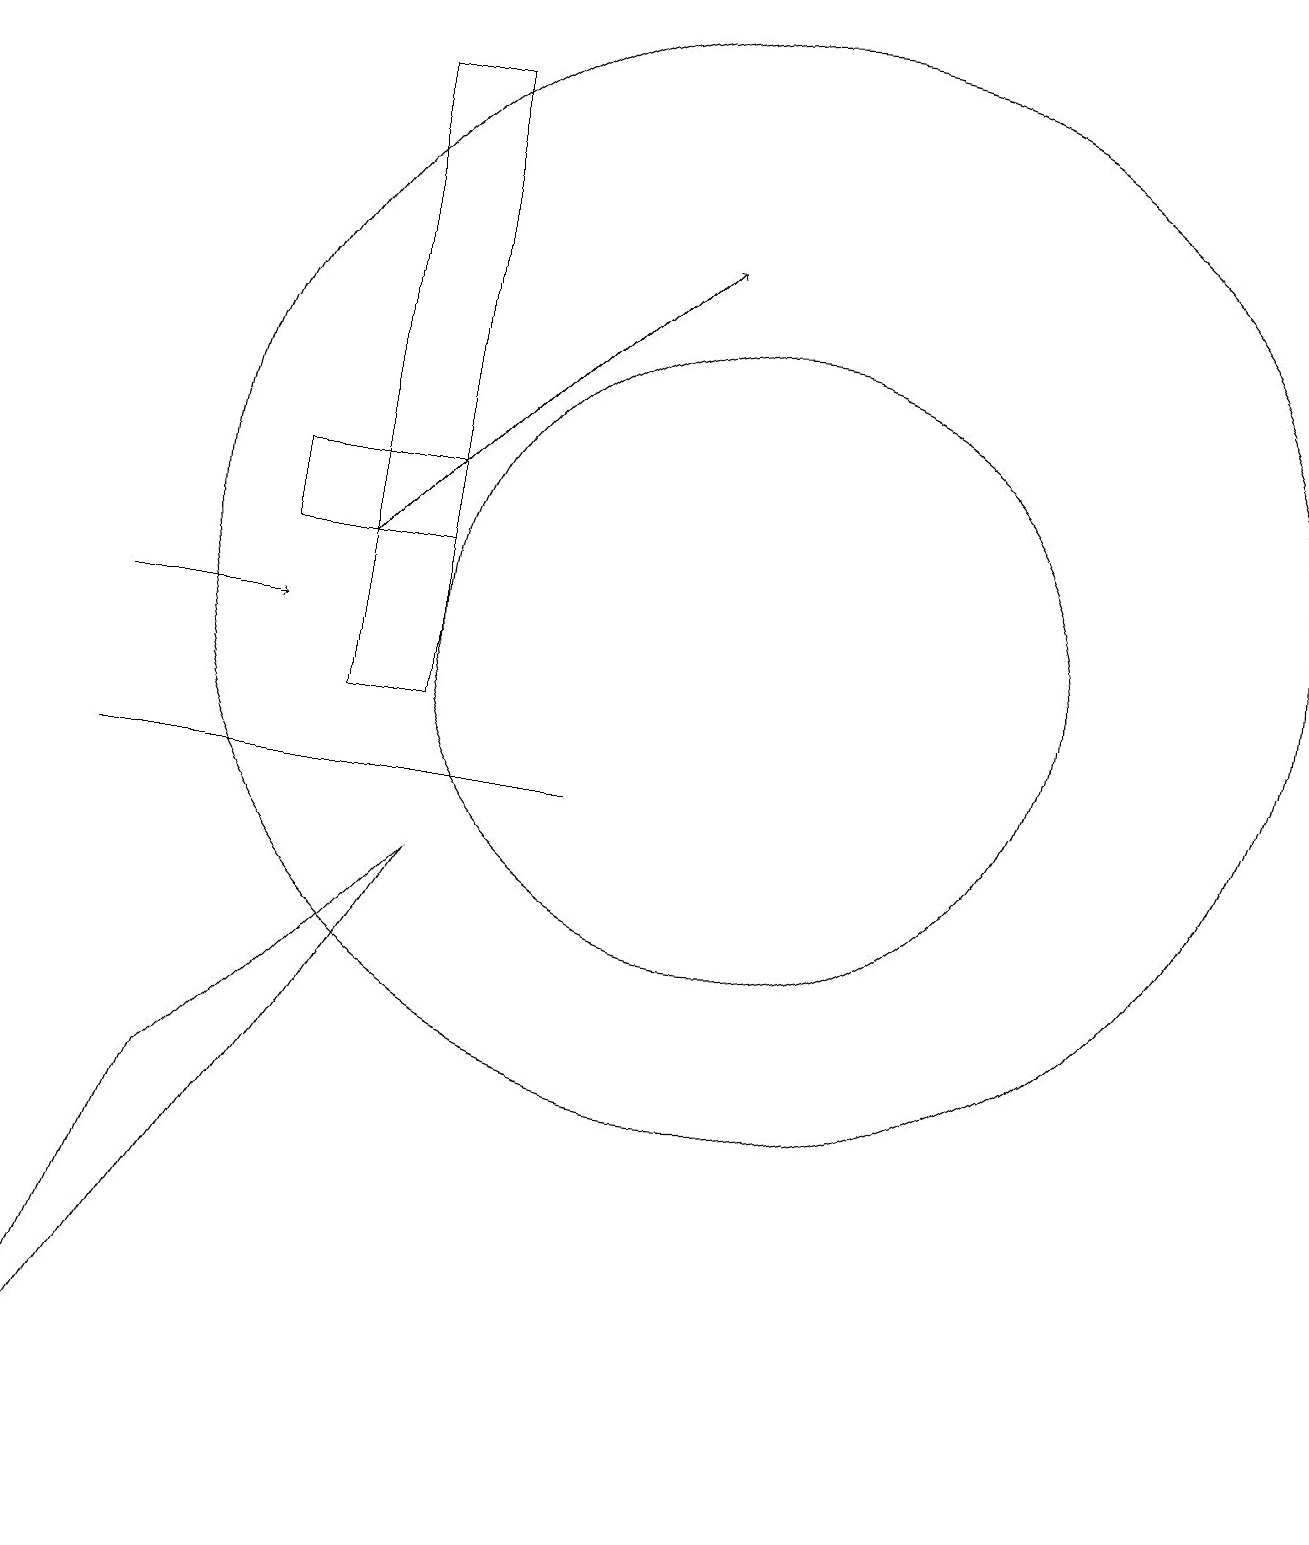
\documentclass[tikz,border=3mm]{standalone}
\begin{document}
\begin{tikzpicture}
\draw (4,12) rectangle (6,13);
\draw (10,11) circle (4);
\draw[->] (5,12) -- (9,16);
\draw[->] (2,11) -- (4,11);
\draw (10,12) circle (7);
\draw (6,8) -- (1,0) -- (3,5) -- cycle;
\draw (4,9) -- (8,9) -- (2,9) -- cycle;
\draw (5,18) rectangle (6,10);
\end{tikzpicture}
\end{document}